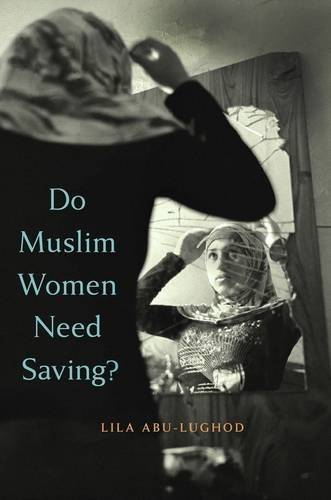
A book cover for Do Muslim Women Need Saving?; Lila Abu-Lughod; Gay & Lesbian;